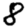
Digit: 8